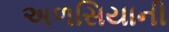
અળસિયાની